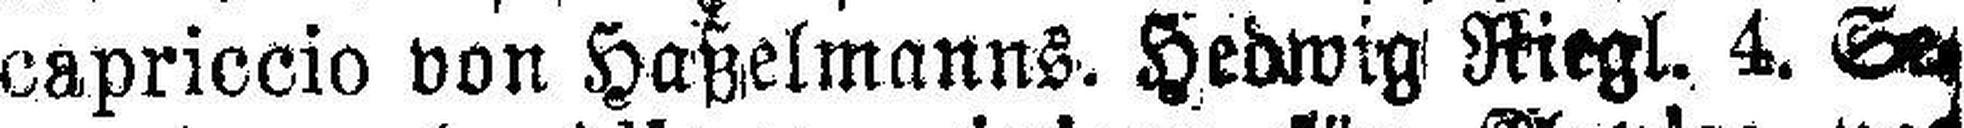
capriccio von Haßelmanns. Hedwig Riegl, 4. Se¬